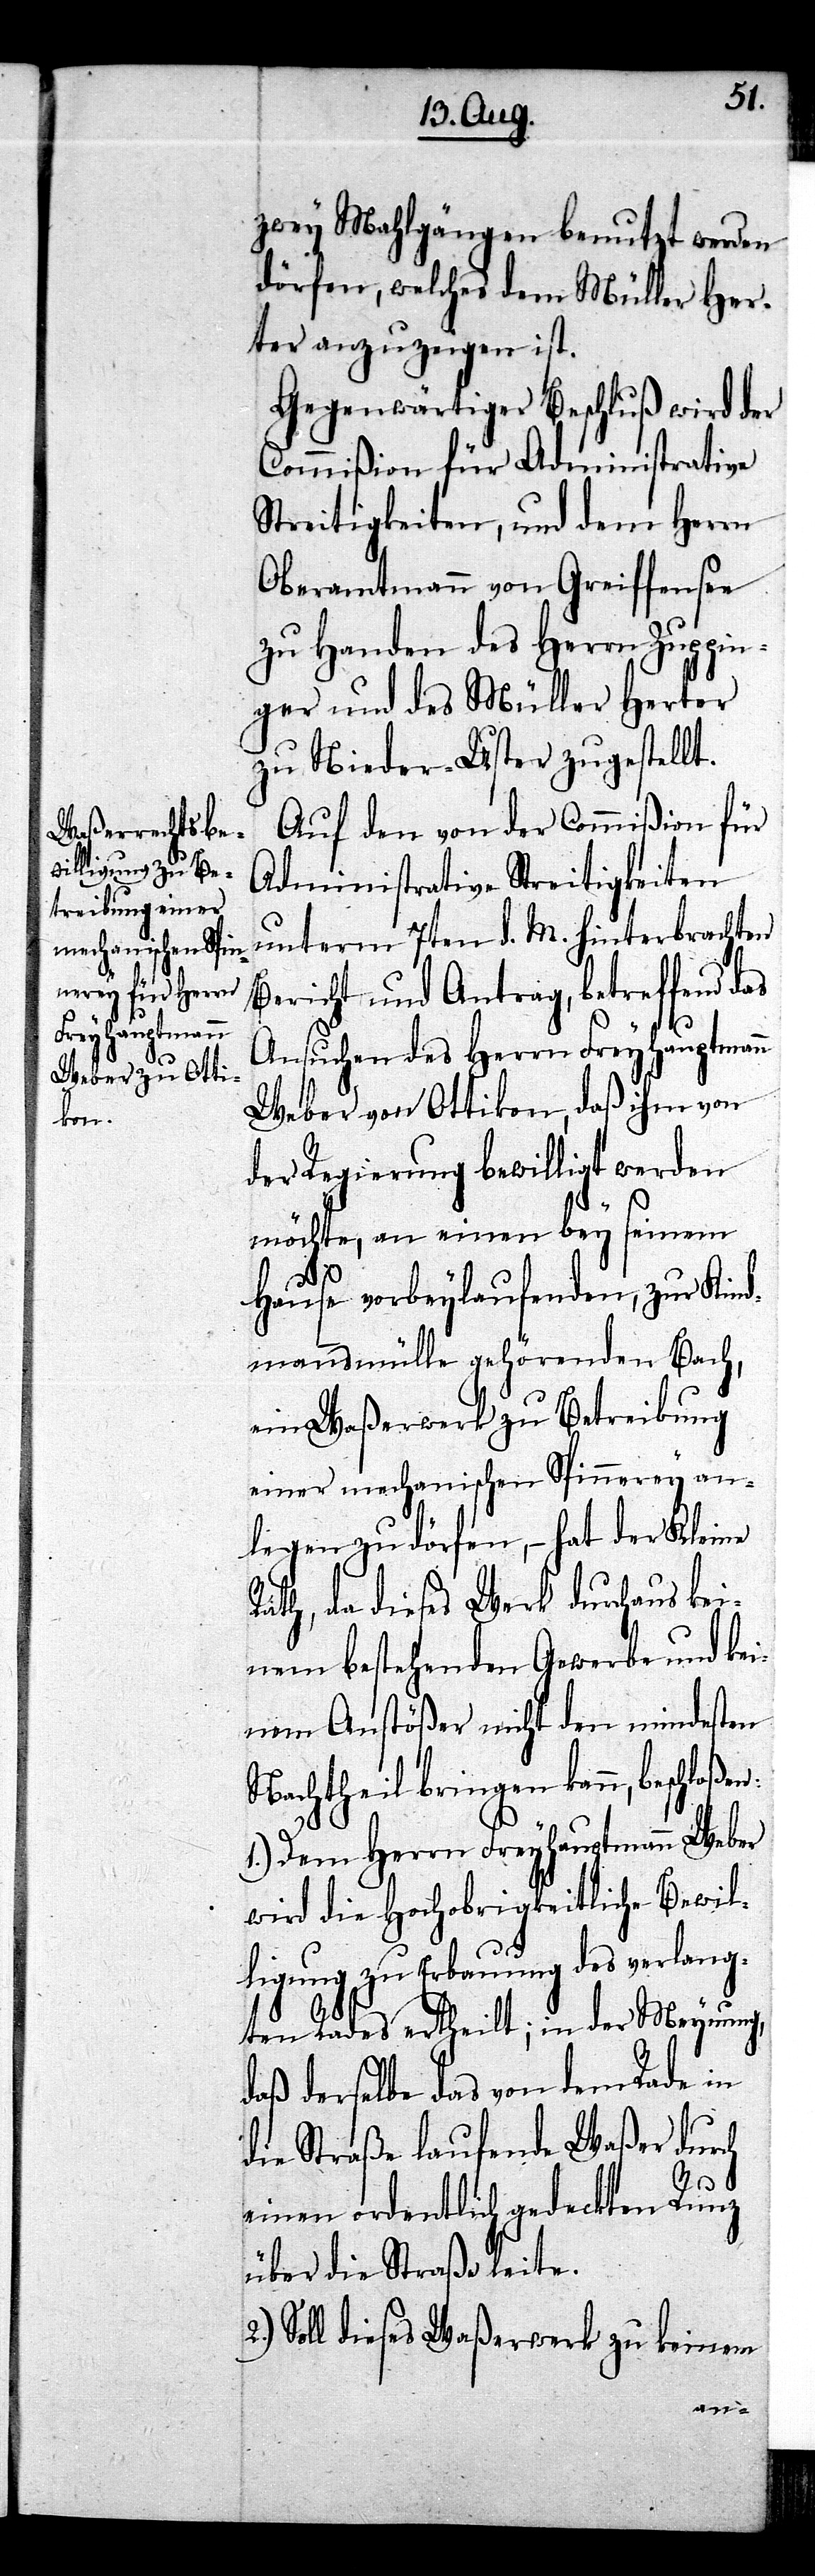
zwey Mahlgängen benutzt werden
dürfen, welches dem Müller Her¬
ter anzuzeigen ist.
Gegenwärtiger Beschluß wird der
Commißion für Administrative
Streitigkeiten, und dem Herrn
Oberamtmann von Greiffensee
zu Handen des Herrn Zuppin¬
ger und des Müller Herter
zu Nieder-Uster zugestellt.
Auf den von der Commißion für
Administrative Streitigkeiten
unterm 7ten d. M. hinterbrachten
Bericht und Antrag, betreffend das
Ansuchen des Herrn Freyhauptmann
Weber von Ottikon, daß ihm von
der Regierung bewilligt werden
möchte, an einen bey seinem
2.)
Hause vorbeylaufenden, zur Kind¬
hausmülle gehörenden Bach,
ein Waßerwerk zu Betreibung
einer mechanischen Spinnerey an¬
legen zu dörfen, – hat der Kleine
Rath, da dieses Werk durchaus kei¬
nem bestehenden Gewerbe und kei¬
nem Anstößer nicht den mindesten
Nachtheil bringen kann, beschloßen:
1.) Dem Herrn Freyhauptmann Weber
wird die Hochobrigkeitliche Bewil¬
ligung zu Erbauung des verlang¬
ten Rades ertheilt; in der Meynung,
daß derselbe das von dem Rade in
die Straße laufende Waßer durch
einen ordentlich gedeckten Runz
über die Straße leite.
Soll dieses Waßerwerk zu keinem